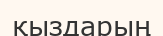
қыздарың